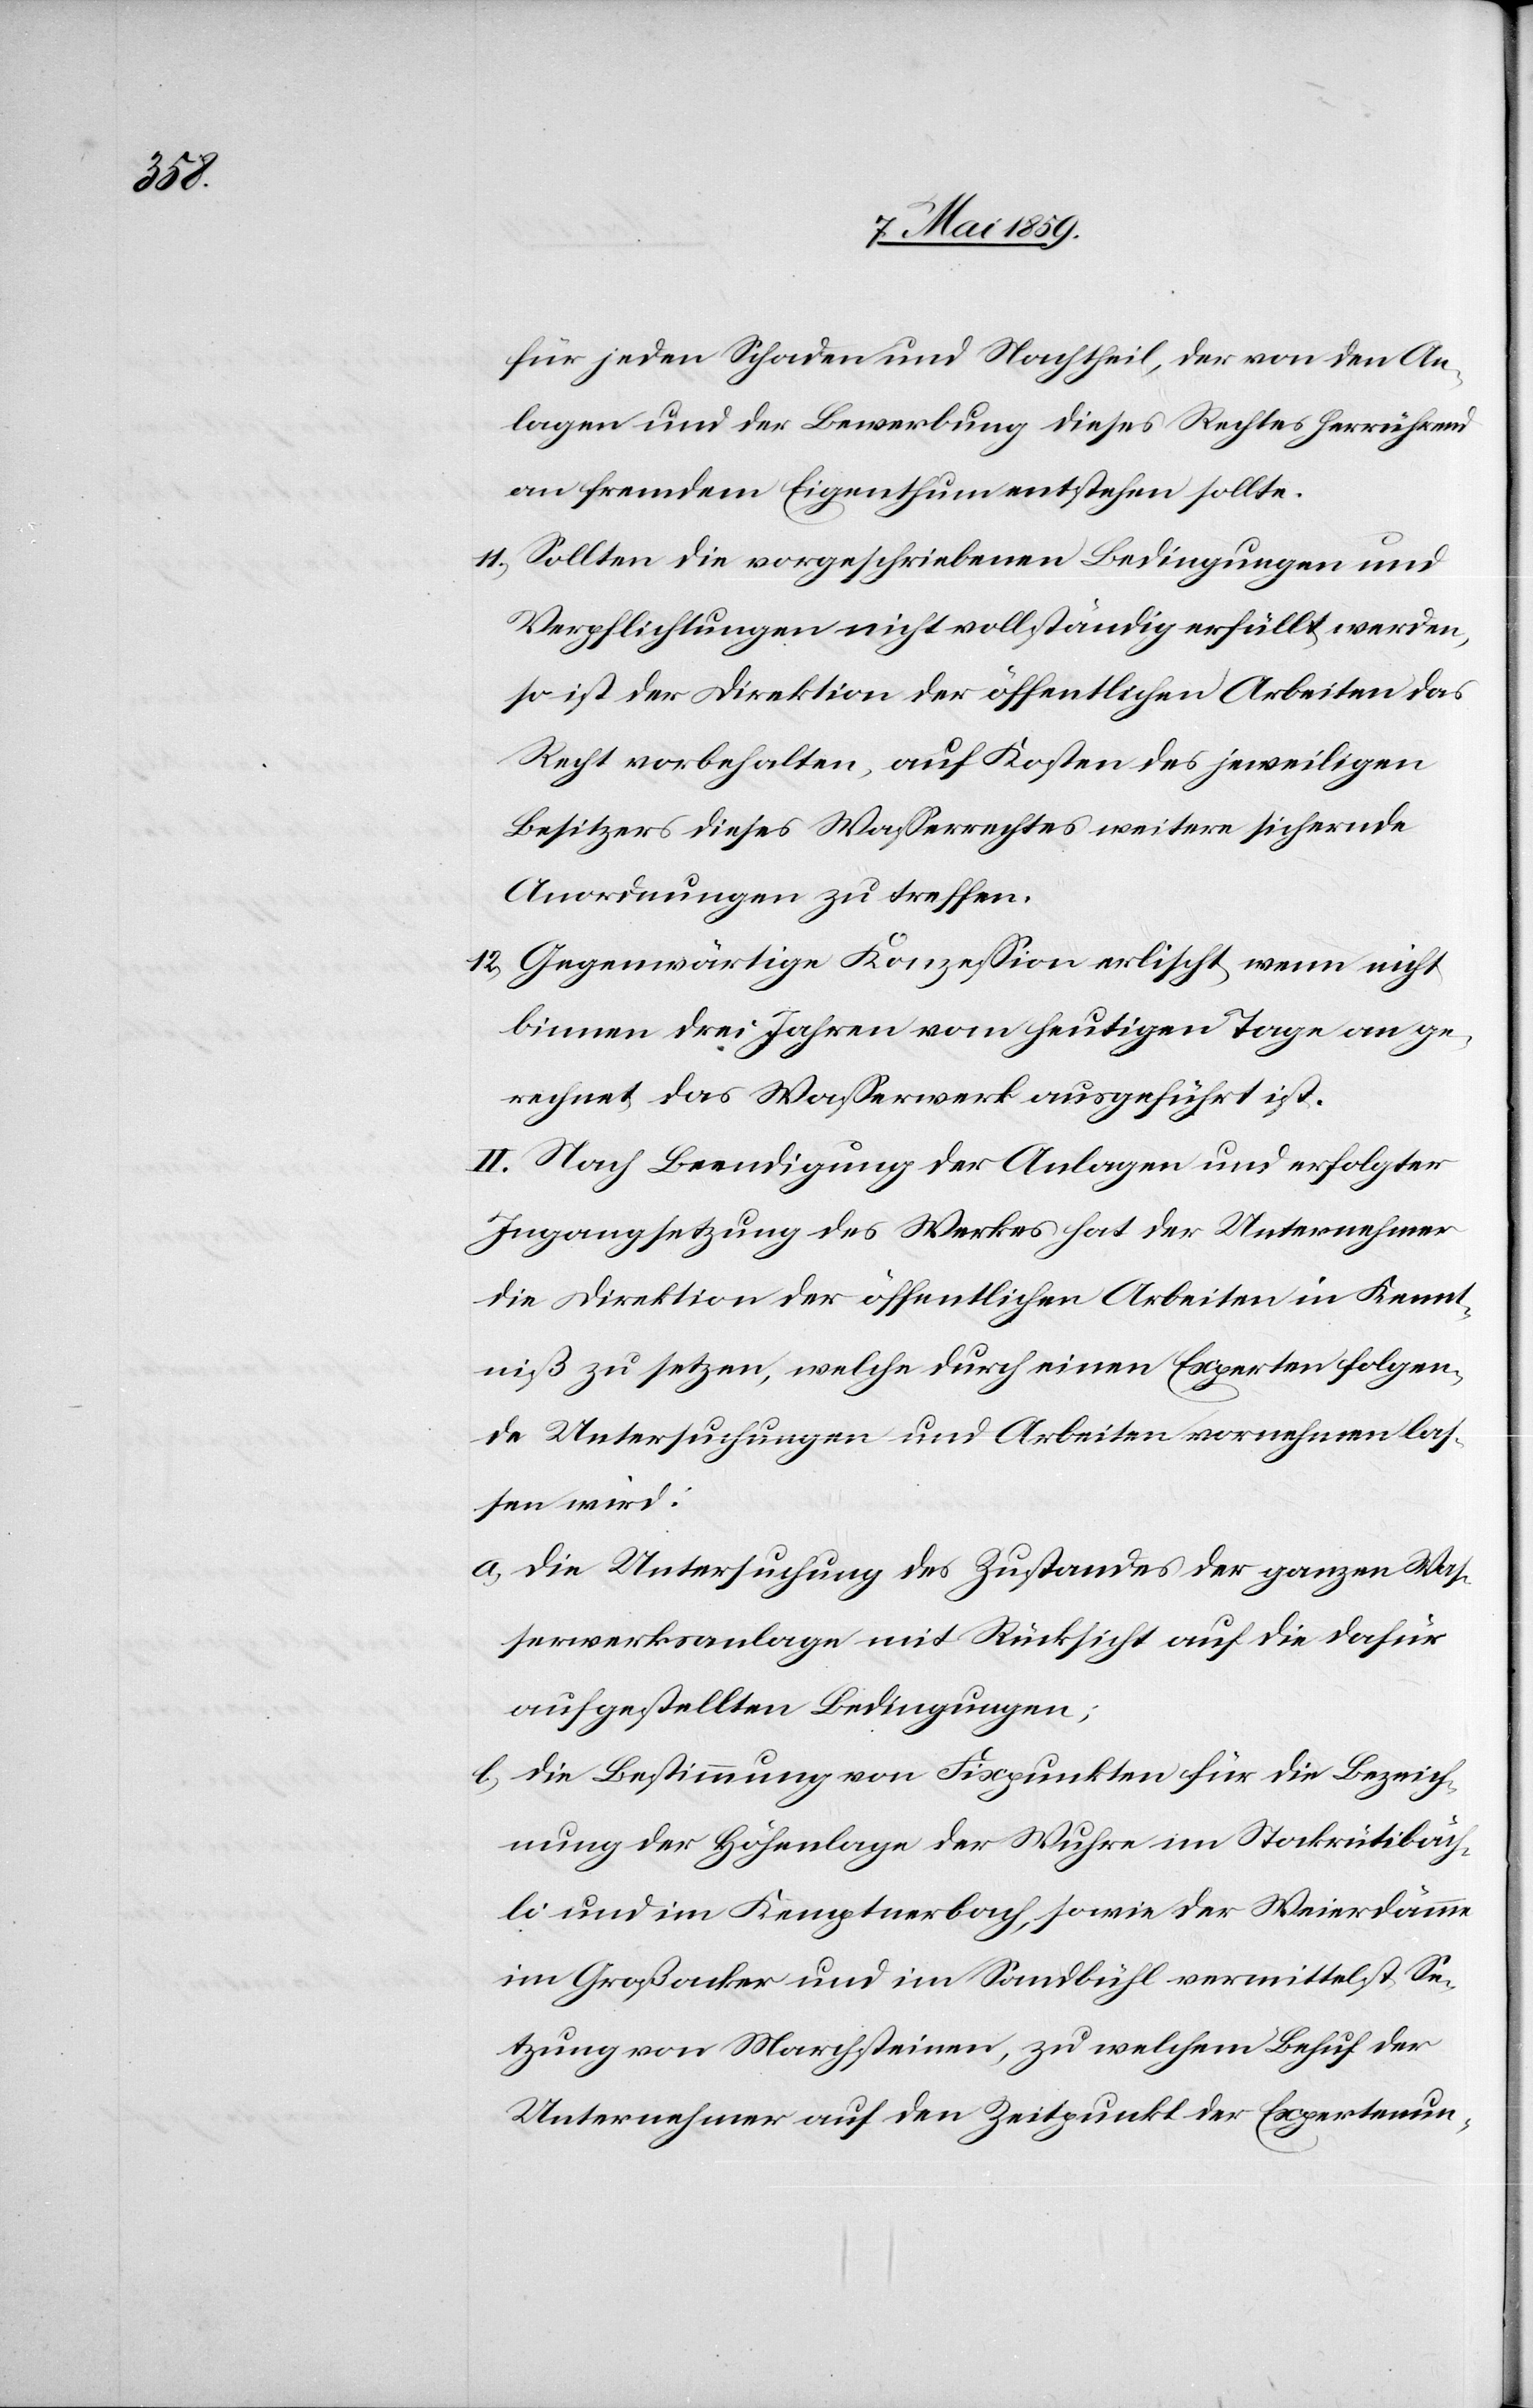
für jeden Schaden und Nachtheil, der von den An¬
lagen und der Bewerbung dieses Rechtes herrührend
an fremdem Eigenthum entstehen sollte.
11) Sollten die vorgeschriebenen Bedingungen und
Verpflichtungen nicht vollständig erfüllt werden,
so ist der Direktion der öffentlichen Arbeiten das
Recht vorbehalten, auf Kosten des jeweiligen
Besitzers dieses Waßerrechtes weitere sichernde
Anordnungen zu treffen.
12) Gegenwärtige Konzeßion erlischt, wenn nicht
binnen drei Jahren vom heutigen Tage an ge¬
rechnet das Waßerwerk ausgeführt ist.
II. Nach Beendigung der Anlagen und erfolgter
Ingangsetzung des Werkes hat der Unternehmer
die Direktion der öffentlichen Arbeiten in Kennt¬
niß zu setzen, welche durch einen Experten folgen¬
de Untersuchungen und Arbeiten vornehmen laß¬
en wird:
a) die Untersuchung des Zustandes der ganzen Waß¬
erwerksanlage mit Rücksicht auf die dafür
aufgestellten Bedingungen;
b) die Bestimmung von Fixpunkten für die Bezeich¬
nung der Höhenlage der Wuhre im Stockrütibäch¬
li und im Kemptnerbach, sowie der Weierdämme
im Großacker und im Sandbühl vermittelst Se¬
tzung von Marchsteinen, zu welchem Behuf der
Unternehmer auf den Zeitpunkt der Expertenun-